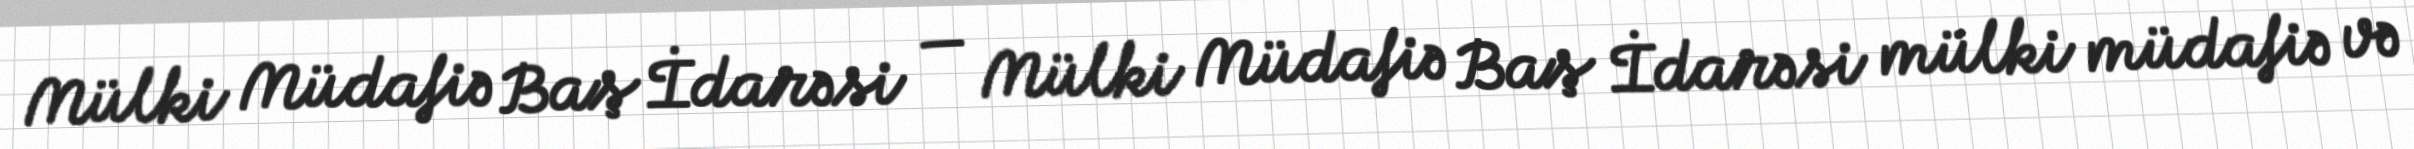
Mülki Müdafiə Baş İdarəsi — Mülki Müdafiə Baş İdarəsi mülki müdafiə və